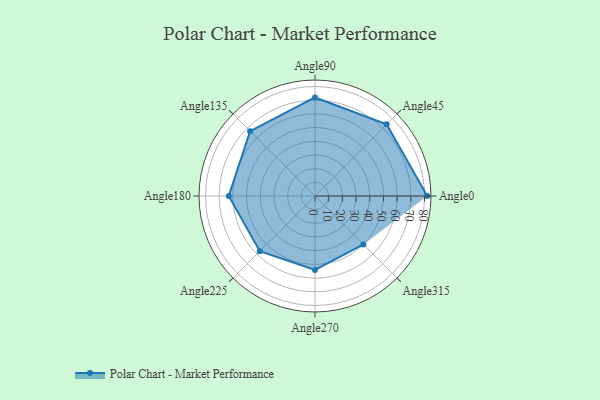
{"axis": {"x": "Angle", "y": "Radius"}, "legend": [""], "data": [{"x": "Angle0", "y": 82.0, "type": ""}, {"x": "Angle45", "y": 74.0, "type": ""}, {"x": "Angle90", "y": 72.0, "type": ""}, {"x": "Angle135", "y": 67.0, "type": ""}, {"x": "Angle180", "y": 63.0, "type": ""}, {"x": "Angle225", "y": 57.0, "type": ""}, {"x": "Angle270", "y": 54.0, "type": ""}, {"x": "Angle315", "y": 50, "type": ""}]}